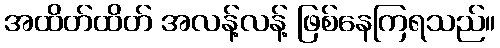
အထိတ်ထိတ် အလန့်လန့် ဖြစ်နေကြရသည်။